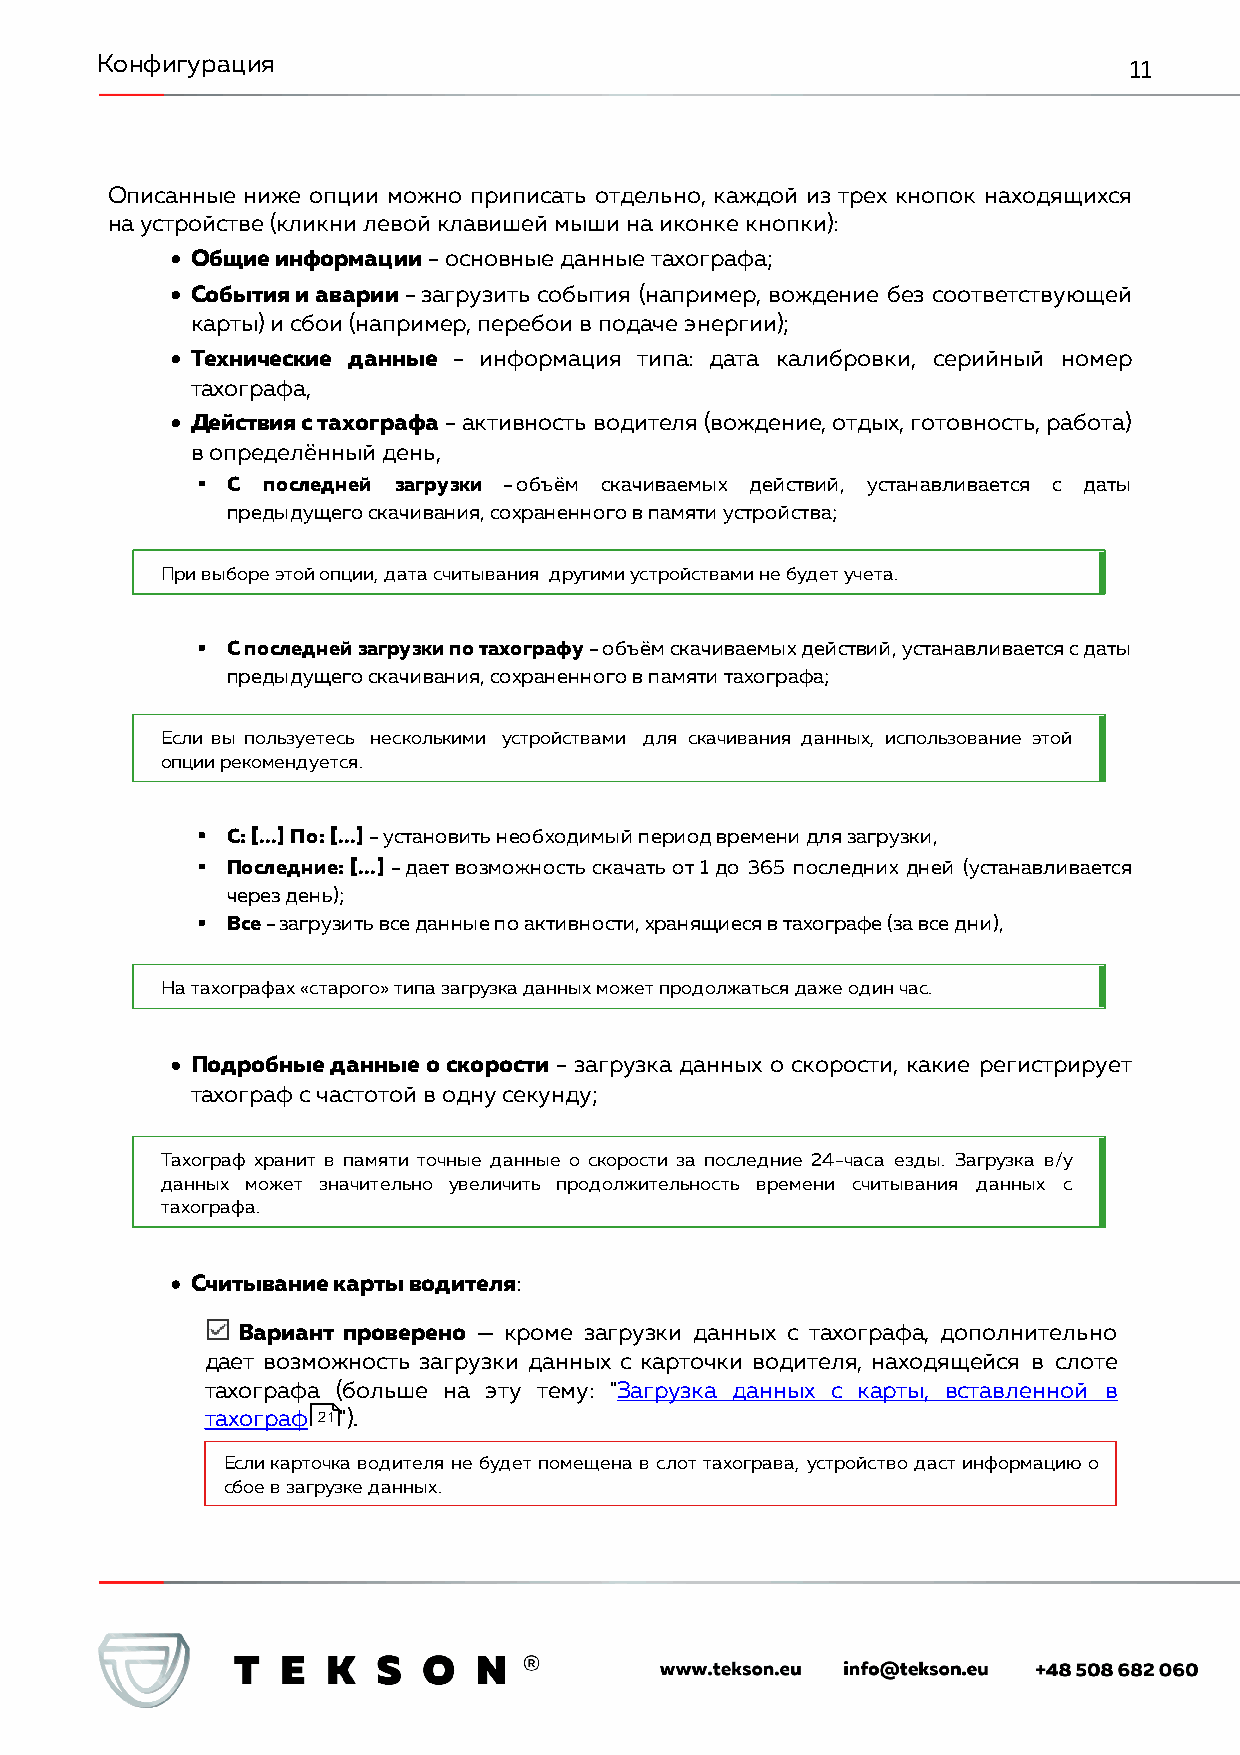
Конфигурация                                                         11
 Описанные ниже опции можно приписать отдельно, каждой из трех кнопок находящихся
 на устройстве (кликни левой клавишей мыши на иконке кнопки):
 · Общие информации - основные данные тахографа;
 · События и аварии - загрузить события (например, вождение без соответствующей
 карты) и сбои (например, перебои в подаче энергии);
 · Технические данные - информация типа: дата калибровки, серийный номер
 тахографа,
 · Действия с тахографа - активность водителя (вождение, отдых, готовность, работа)
 в определённый день,
 § С последней загрузки - объём скачиваемых действий, устанавливается с даты
 предыдущего скачивания, сохраненного в памяти устройства;
 При выборе этой опции, дата считывания другими устройствами не будет учета.
 § С последней загрузки по тахографу - объём скачиваемых действий, устанавливается с даты
 предыдущего скачивания, сохраненного в памяти тахографа;
 Если вы пользуетесь несколькими устройствами для скачивания данных, использование этой
 опции рекомендуется.
 § С: [...] По: [...] - установить необходимый период времени для загрузки,
 § Последние: [...] - дает возможность скачать от 1 до 365 последних дней (устанавливается
 через день);
 § Все - загрузить все данные по активности, хранящиеся в тахографе (за все дни),
 На тахографах «старого» типа загрузка данных может продолжаться даже один час.
 · Подробные данные о скорости - загрузка данных о скорости, какие регистрирует
 тахограф с частотой в одну секунду;
 Тахограф хранит в памяти точные данные о скорости за последние 24-часа езды. Загрузка в/у
 данных может значительно увеличить продолжительность времени считывания данных с
 тахографа.
 · Считывание карты водителя:
 Вариант проверено — кроме загрузки данных с тахографа, дополнительно
 дает возможность загрузки данных с карточки водителя, находящейся в слоте
 тахографа (больше на эту тему: "Загрузка данных с карты, вставленной в
 тахограф 21").
 Если карточка водителя не будет помещена в слот тахограва, устройство даст информацию о
 сбое в загрузке данных.